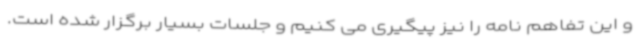
و این تفاهم نامه را نیز پیگیری می کنیم و جلسات بسیار برگزار شده است.